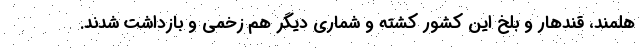
هلمند، قندهار و بلخ این کشور کشته و شماری دیگر هم زخمی و بازداشت شدند.